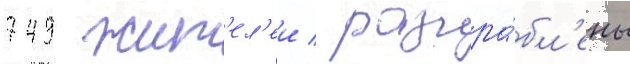
749 жит'ел'еи / разгра́бл'ены